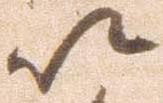
以